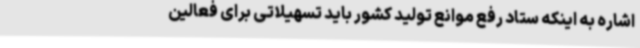
اشاره به اینکه ستاد رفع موانع تولید کشور باید تسهیلاتی برای فعالین